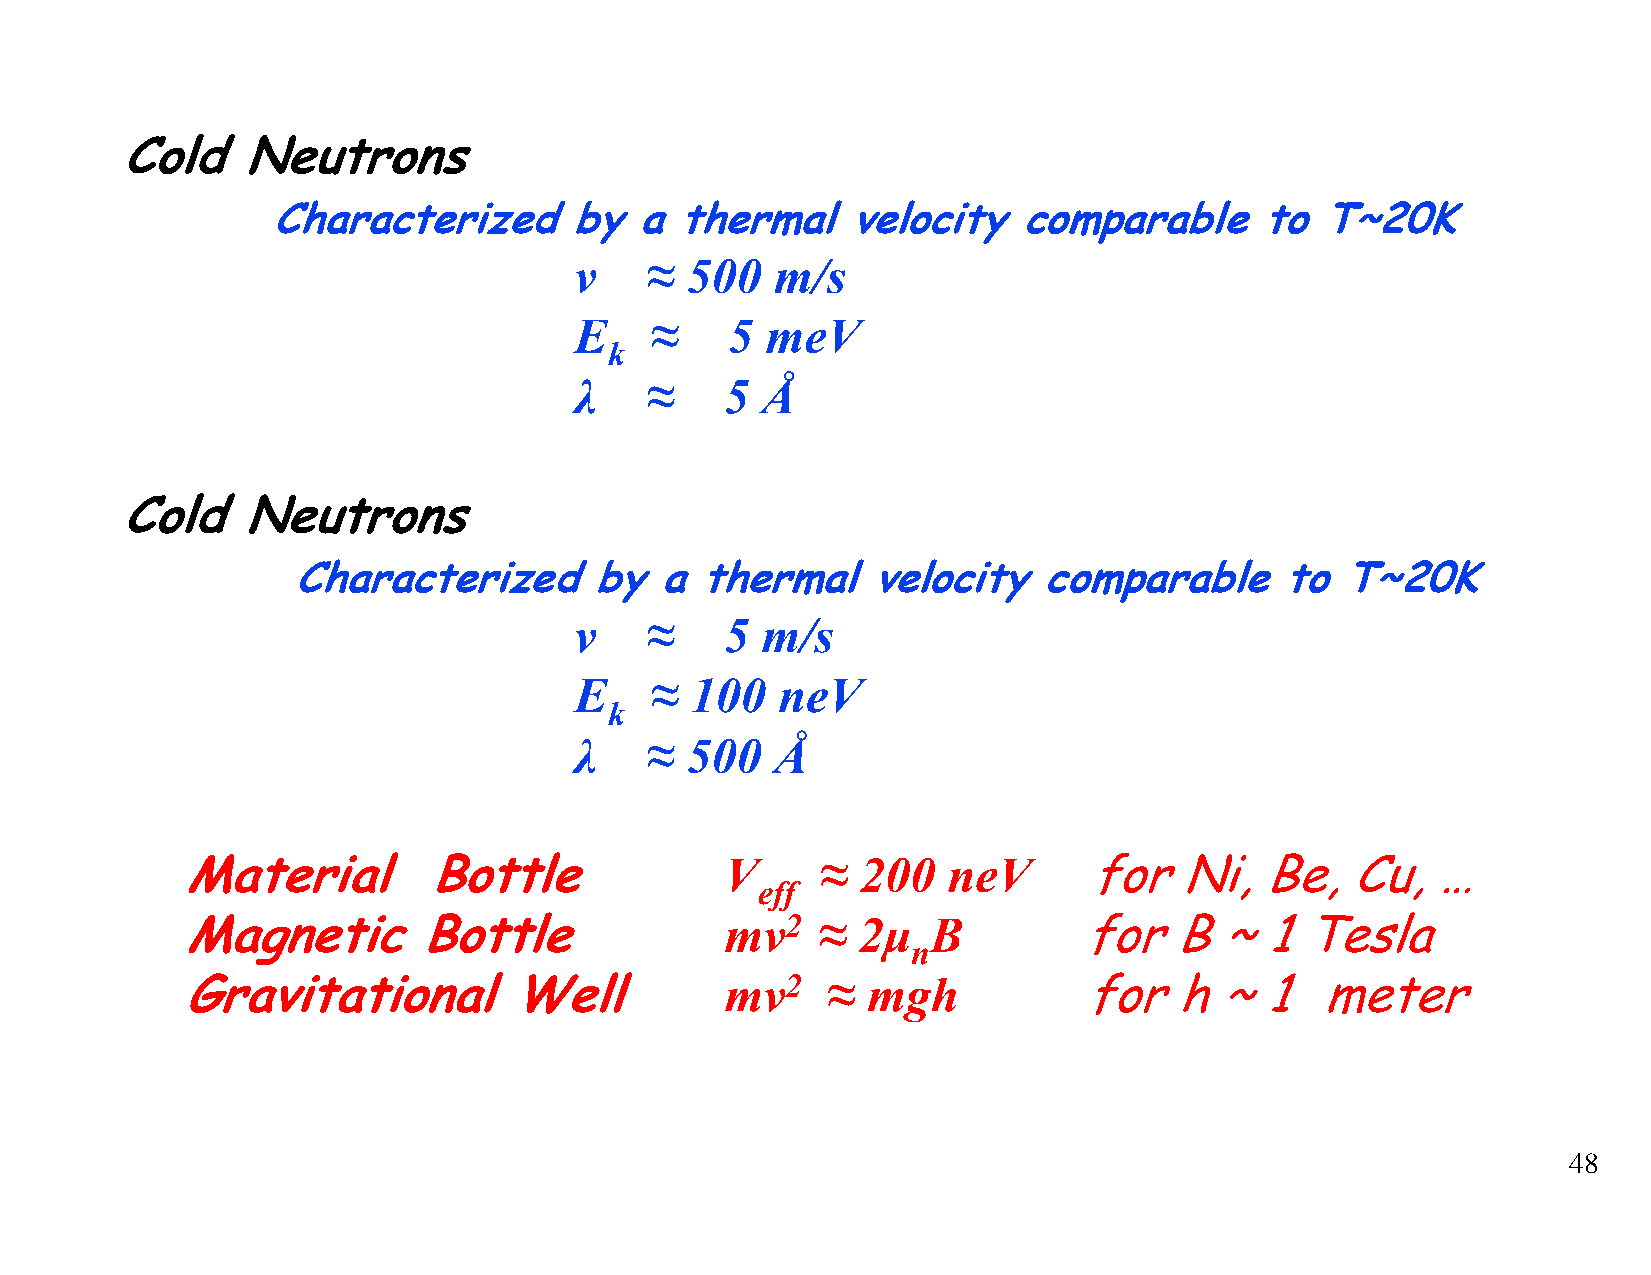
Cold    Neutrons
 Characterized       by  a  thermal    velocity   comparable      to  T~20K
 v    ≈ 500   m/s
 E    ≈    5  meV
 k
 λ    ≈    5 Å
 Cold    Neutrons
 Characterized       by   a thermal     velocity   comparable      to  T~20K
 v    ≈    5 m/s
 E    ≈  100  neV
 k
 λ    ≈ 500   Å
 Material        Bottle              V     ≈  200   neV      for   Ni,  Be,   Cu,   …
 eff
 Magnetic        Bottle              mv2   ≈  2µ   B         for   B  ~  1 Tesla
 n
 Gravitational         Well          mv2    ≈ mgh            for   h  ~  1  meter
 48